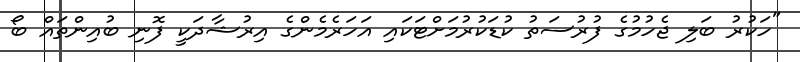
"ހަކުރު ބަލި ޖެހުމުގެ ފުރުސަތު ކުޑަކުރުމަށްޓަކައި އަހަރެމެންގެ އިރުޝާދަކީ ފޮނި ބުއިންތައް ބޯ